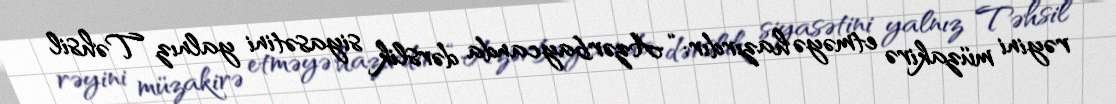
rəyini müzakirə etməyə hazırdır: “Azərbaycanda dərslik siyasətini yalnız Təhsil